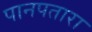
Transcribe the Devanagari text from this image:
पानपतारा